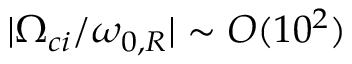
\lvert \Omega _ { c i } / \omega _ { 0 , R } \rvert \sim O ( 1 0 ^ { 2 } )